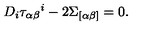
D _ { i } \tau _ { \alpha \beta } { } ^ { i } - 2 \Sigma _ { [ \alpha \beta ] } = 0 .